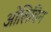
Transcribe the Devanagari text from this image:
ओलिविन